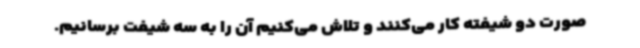
صورت دو شیفته کار می‌کنند و تلاش می‌کنیم آن را به سه شیفت برسانیم.